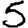
Digit: 5